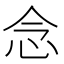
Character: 念